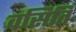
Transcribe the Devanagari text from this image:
वसिति